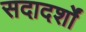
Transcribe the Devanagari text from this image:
सदादर्शों